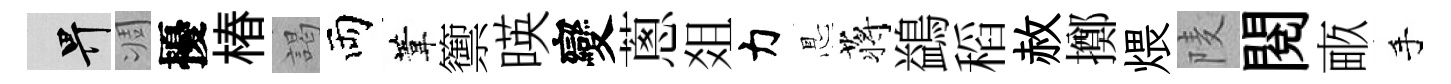
畀凋擾椿謁両葦籞暎變蔥爼力㤙蒋鷁稻赦擲煨𨹧閲畞手